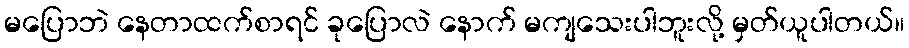
မပြောဘဲ နေတာထက်စာရင် ခုပြောလဲ နောက် မကျသေးပါဘူးလို့ မှတ်ယူပါတယ်။